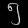
Digit: ၅